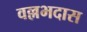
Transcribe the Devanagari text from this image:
वल्लभदास